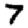
Digit: 7